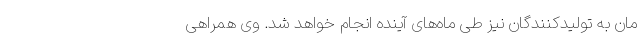
مان به تولیدکنندگان نیز طی ماه‌های آینده انجام خواهد شد. وی همراهی